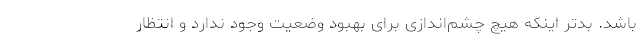
باشد. بدتر اینکه هیچ چشم‌اندازی برای بهبود وضعیت وجود ندارد و انتظار